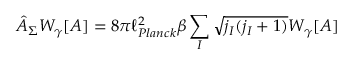
{ \hat { A } } _ { \Sigma } W _ { \gamma } [ A ] = 8 \pi \ell _ { P l a n c k } ^ { 2 } \beta \sum _ { I } { \sqrt { j _ { I } ( j _ { I } + 1 ) } } W _ { \gamma } [ A ]